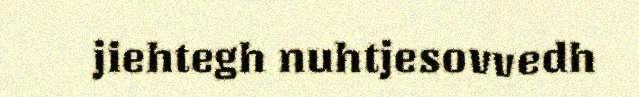
jiehtegh nuhtjesovvedh